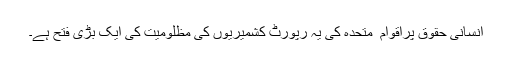
انسانی حقوق پراقوام ِ متحدہ کی یہ رپورٹ کشمیریوں کی مظلومیت کی ایک بڑی فتح ہے۔